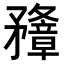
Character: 𥎟